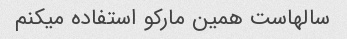
سالهاست همین مارکو استفاده میکنم